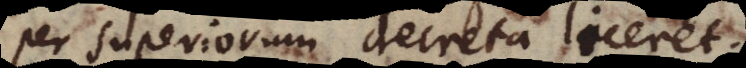
r superiorum decreta liceret.